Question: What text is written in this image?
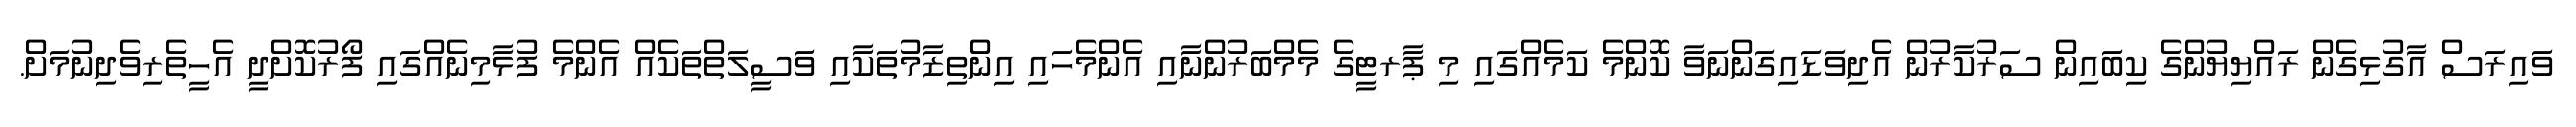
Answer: ވައިރަސް އާގުޅިގެން ރައްޔިޔުންގެ ކިބައިން ސަރުކާރުން އެދިވަޑައިގަންނަވާ ކޮންމެ ކަމެއްގައި މި ޕާރޓީގެ މެމްބަރުންނާއި އެންމެހައި އިންތިޒާމުތަކާއި ވަސީލަތްތަކެއް އެންމެ ފުޅާމިނެއްގައި ފޯރުކޮށްދީ އެހީތެރިވެދިނުމަށް.